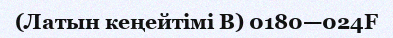
(Латын кеңейтімі B) 0180—024F